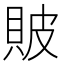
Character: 貱